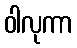
ဝါလုကာ